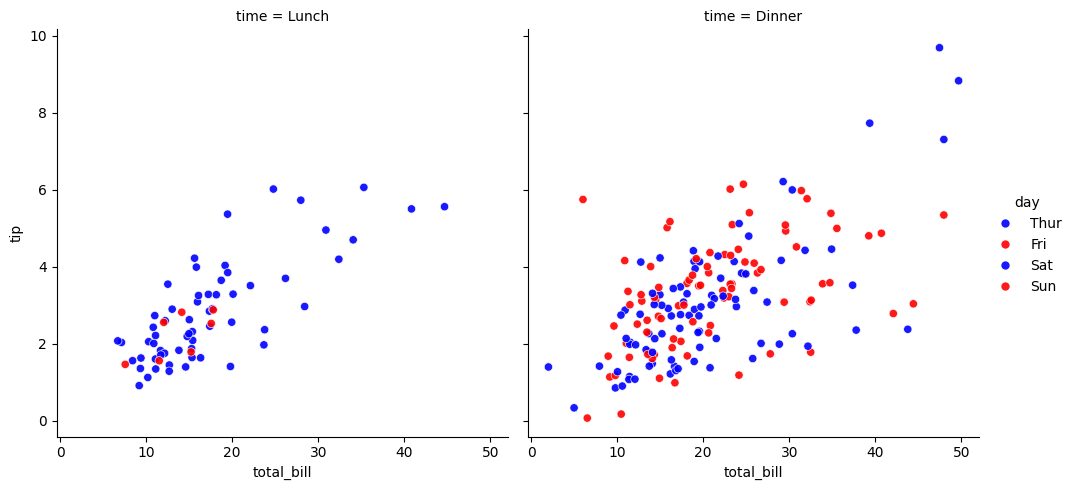
python, seaborn, relplot, alpha=0.9